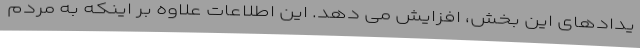
یدادهای این بخش، افزایش می دهد. این اطلاعات علاوه بر اینکه به مردم